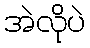
အဲလိုပဲ